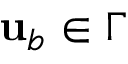
{ \mathbf { u } } _ { b } \in \Gamma